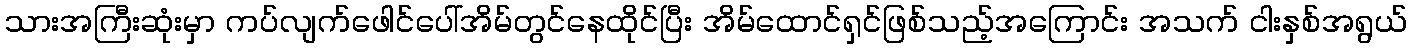
သားအကြီးဆုံးမှာ ကပ်လျက်ဖေါင်ပေါ်အိမ်တွင်နေထိုင်ပြီး အိမ်ထောင်ရှင်ဖြစ်သည့်အကြောင်း အသက် ငါးနှစ်အရွယ်